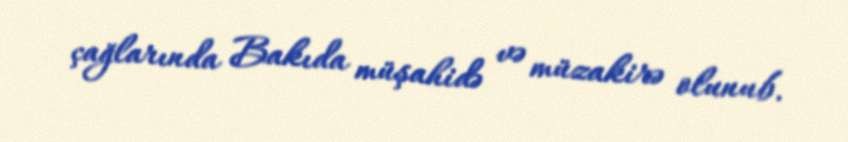
çağlarında Bakıda müşahidə və müzakirə olunub.